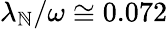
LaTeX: \lambda_{\mathbb{N}}/\omega\cong0.072